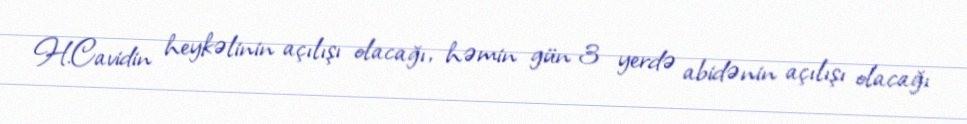
H.Cavidin heykəlinin açılışı olacağı, həmin gün 3 yerdə abidənin açılışı olacağı